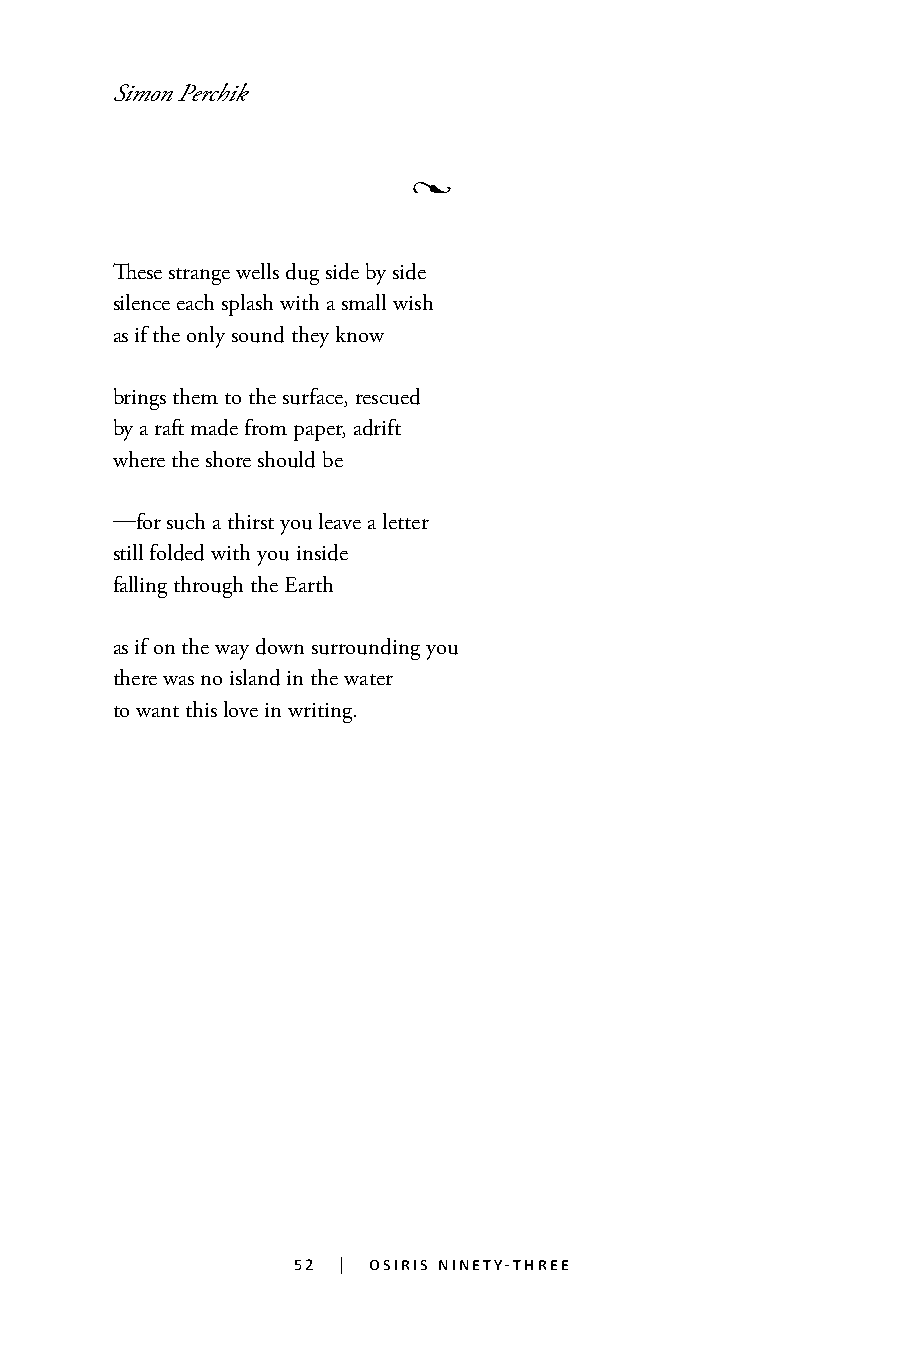
Simon Perchik
 •
 These strange wells dug side by side
 silence each splash with a small wish
 as if the only sound they know
 brings them to the surface, rescued
 by a raft made from paper, adrift
 where the shore should be
 —for such a thirst you leave a letter
 still folded with you inside
 falling through the Earth
 as if on the way down surrounding you
 there was no island in the water
 to want this love in writing.
 52 | osiris ninety-three